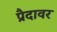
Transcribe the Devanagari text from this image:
प्रैदावर